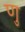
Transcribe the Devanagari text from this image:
णु